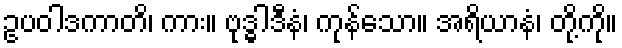
ဥပဝါဒကာတိ၊ ကား။ ဗုဒ္ဓါဒီနံ၊ ကုန်သော။ အရိယာနံ၊ တို့ကို။